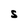
Character: S